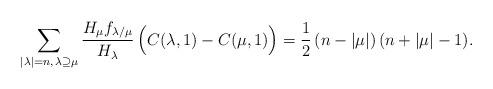
LaTeX: \begin{align*} \sum_{|\lambda|=n,\, \lambda \supseteq \mu} \frac{H_\mu f_{\lambda/\mu}}{H_\lambda}\, \Bigl(C(\lambda,1)-C(\mu,1)\Bigr) = \frac 12\, (n-|\mu|)\, (n+|\mu|-1).\end{align*}